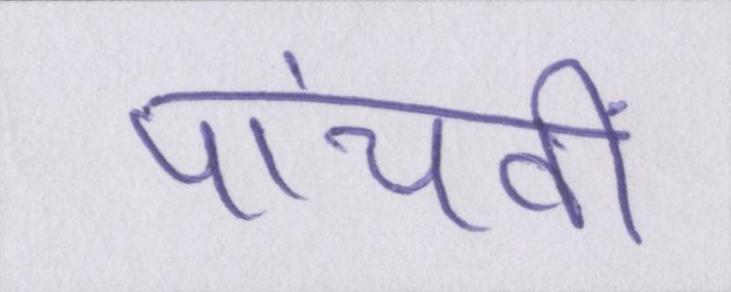
पांचवीं